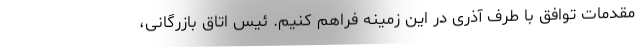
مقدمات توافق با طرف آذری در این زمینه فراهم کنیم. ئیس اتاق بازرگانی،